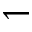
\leftharpoondown